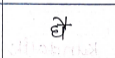
मजकूर: घै